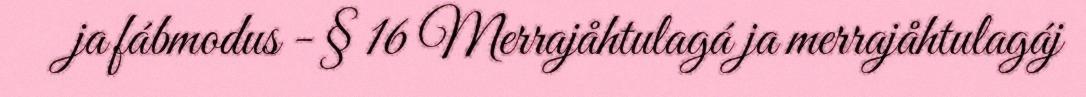
ja fábmodus - § 16 Merrajåhtulagá ja merrajåhtulagáj